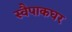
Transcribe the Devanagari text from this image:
स्वैपाकघर